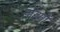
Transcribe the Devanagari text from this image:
डाइनों